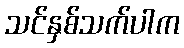
သင်နှစ်သက်ပါက